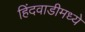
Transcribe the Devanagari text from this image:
हिंदवाडीमध्ये